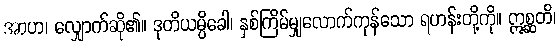
အာဟ၊ လျှောက်ဆို၏။ ဒုတိယမ္ပိခေါ၊ နှစ်ကြိမ်မျှလောက်ကုန်သော ရဟန်းတို့ကို။ ဣစ္ဆတိ၊